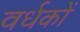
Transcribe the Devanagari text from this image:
वर्धकों